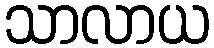
သာလာယ